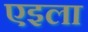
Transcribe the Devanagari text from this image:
एइला